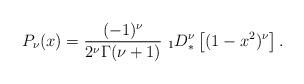
LaTeX: \begin{align*}P_\nu(x)={(-1)^\nu\over 2^\nu \Gamma(\nu+1)}\ _1D^{\nu}_*\left[(1-x^2)^{\nu} \right].\end{align*}